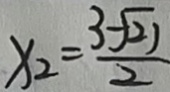
x _ { 2 } = \frac { 3 - \sqrt { 2 1 } } { 2 }